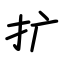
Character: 扩